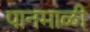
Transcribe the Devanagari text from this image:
पानमाळी